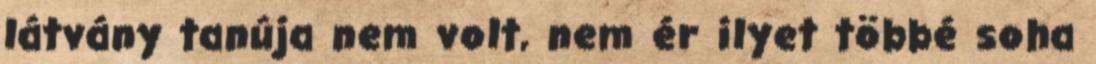
látvány tanúja nem volt, nem ér ilyet többé soha